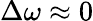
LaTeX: \Delta\omega\approx 0